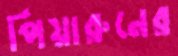
পিয়ারুনের